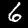
Digit: 6